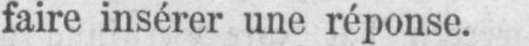
faire insérer une réponse.